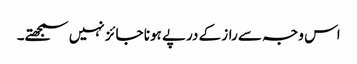
اس وجہ سے راز کے درپے ہونا جائز نہیں سمجھتے۔